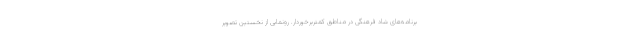
برنامه‌های شاد فرهنگی در مناطق کمتربرخوردار. رونمایی از نخستین تصویر